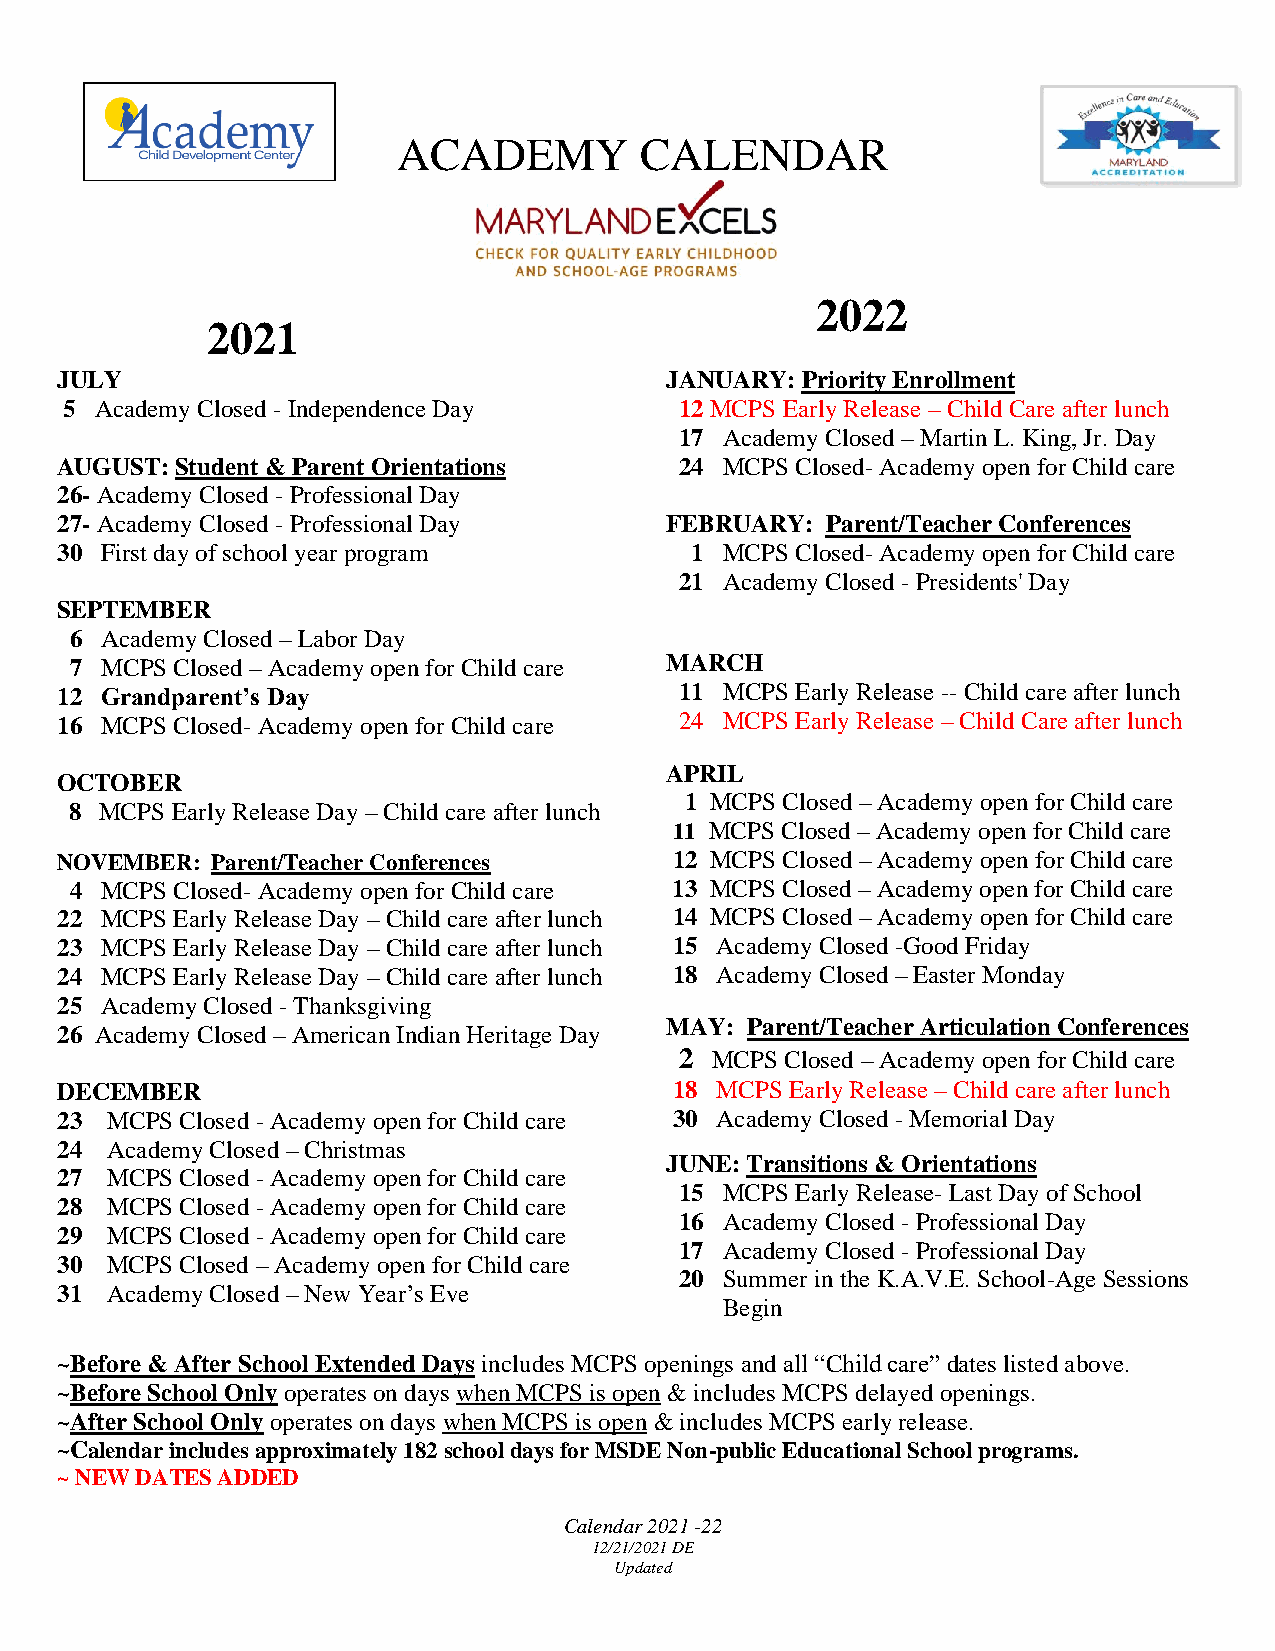
ACADEMY         CALENDAR
 2022
 2021
 JULY                                    JANUARY: Priority Enrollment
 5 Academy Closed - Independence Day      12 MCPS Early Release – Child Care after lunch
 17 Academy Closed – Martin L. King, Jr. Day
 AUGUST: Student & Parent Orientations    24 MCPS Closed- Academy open for Child care
 26- Academy Closed - Professional Day
 27- Academy Closed - Professional Day   FEBRUARY:  Parent/Teacher Conferences
 30 First day of school year program       1 MCPS Closed- Academy open for Child care
 21 Academy Closed - Presidents' Day
 SEPTEMBER
 6 Academy Closed – Labor Day
 7 MCPS Closed – Academy open for Child care MARCH
 12 Grandparent’s Day                     11 MCPS Early Release -- Child care after lunch
 16 MCPS Closed- Academy open for Child care 24 MCPS Early Release – Child Care after lunch
 APRIL
 OCTOBER
 1 MCPS Closed – Academy open for Child care
 8 MCPS Early Release Day – Child care after lunch
 11 MCPS Closed – Academy open for Child care
 NOVEMBER: Parent/Teacher Conferences     12 MCPS Closed – Academy open for Child care
 4 MCPS Closed- Academy open for Child care 13 MCPS Closed – Academy open for Child care
 22 MCPS Early Release Day – Child care after lunch 14 MCPS Closed – Academy open for Child care
 23 MCPS Early Release Day – Child care after lunch 15 Academy Closed -Good Friday
 24 MCPS Early Release Day – Child care after lunch 18 Academy Closed – Easter Monday
 25 Academy Closed - Thanksgiving
 MAY: Parent/Teacher Articulation Conferences
 26 Academy Closed – American Indian Heritage Day
 2 MCPS Closed – Academy open for Child care
 DECEMBER                                 18 MCPS Early Release – Child care after lunch
 23 MCPS Closed - Academy open for Child care 30 Academy Closed - Memorial Day
 24 Academy Closed – Christmas
 JUNE: Transitions & Orientations
 27 MCPS Closed - Academy open for Child care
 15 MCPS Early Release- Last Day of School
 28 MCPS Closed - Academy open for Child care
 16 Academy Closed - Professional Day
 29 MCPS Closed - Academy open for Child care
 17 Academy Closed - Professional Day
 30 MCPS Closed – Academy open for Child care
 20 Summer in the K.A.V.E. School-Age Sessions
 31 Academy Closed – New Year’s Eve
 Begin
 ~Before & After School Extended Days includes MCPS openings and all “Child care” dates listed above.
 ~Before School Only operates on days when MCPS is open & includes MCPS delayed openings.
 ~After School Only operates on days when MCPS is open & includes MCPS early release.
 ~Calendar includes approximately 182 school days for MSDE Non-public Educational School programs.
 ~ NEW DATES ADDED
 Calendar 2021 -22
 12/21/2021 DE
 Updated